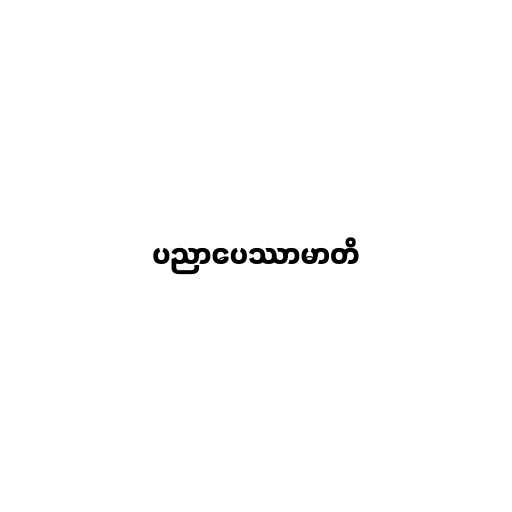
ပညာပေဿာမာတိ